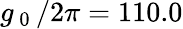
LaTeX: g_{\mathrm{~0~}}/2\pi=110.0